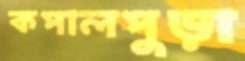
কপালপুড়া